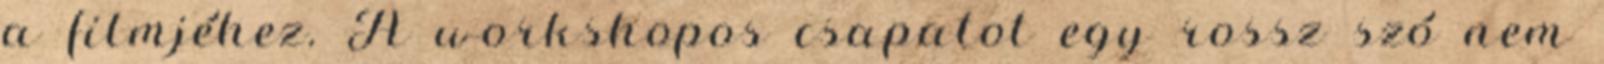
a filmjéhez. A workshopos csapatot egy rossz szó nem